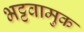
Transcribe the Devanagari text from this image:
भट्टवामुक